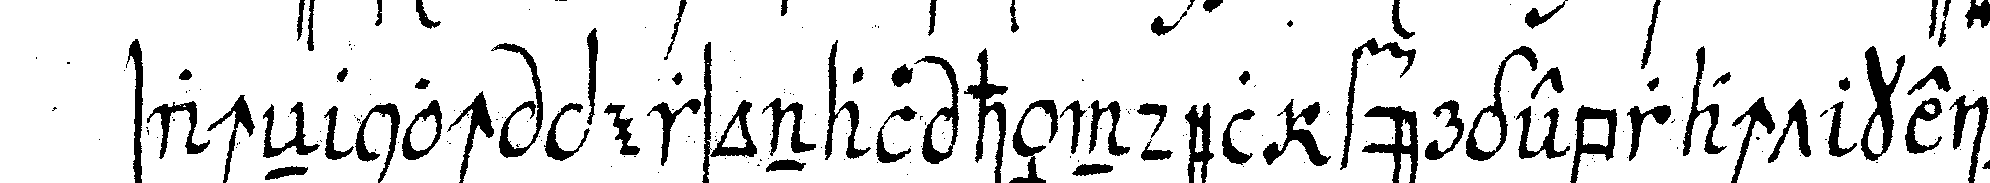
sacheN noch personal händel fürgebracht keiner